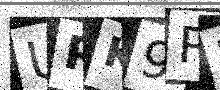
Text: UPK9R5